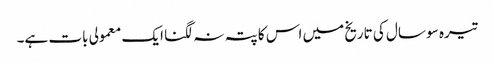
تیرہ سو سال کی تاریخ میں اس کا پتہ نہ لگنا ایک معمولی بات ہے۔